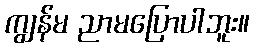
ကျွန်မ ညာမပြောပါဘူး။